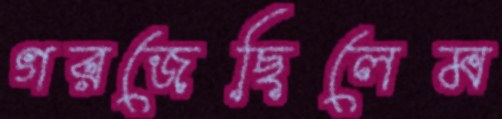
গরজেছিলেম